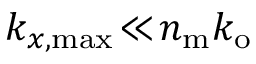
k _ { x , \mathrm { m a x } } \! \ll \! n _ { \mathrm { m } } k _ { \mathrm { o } }